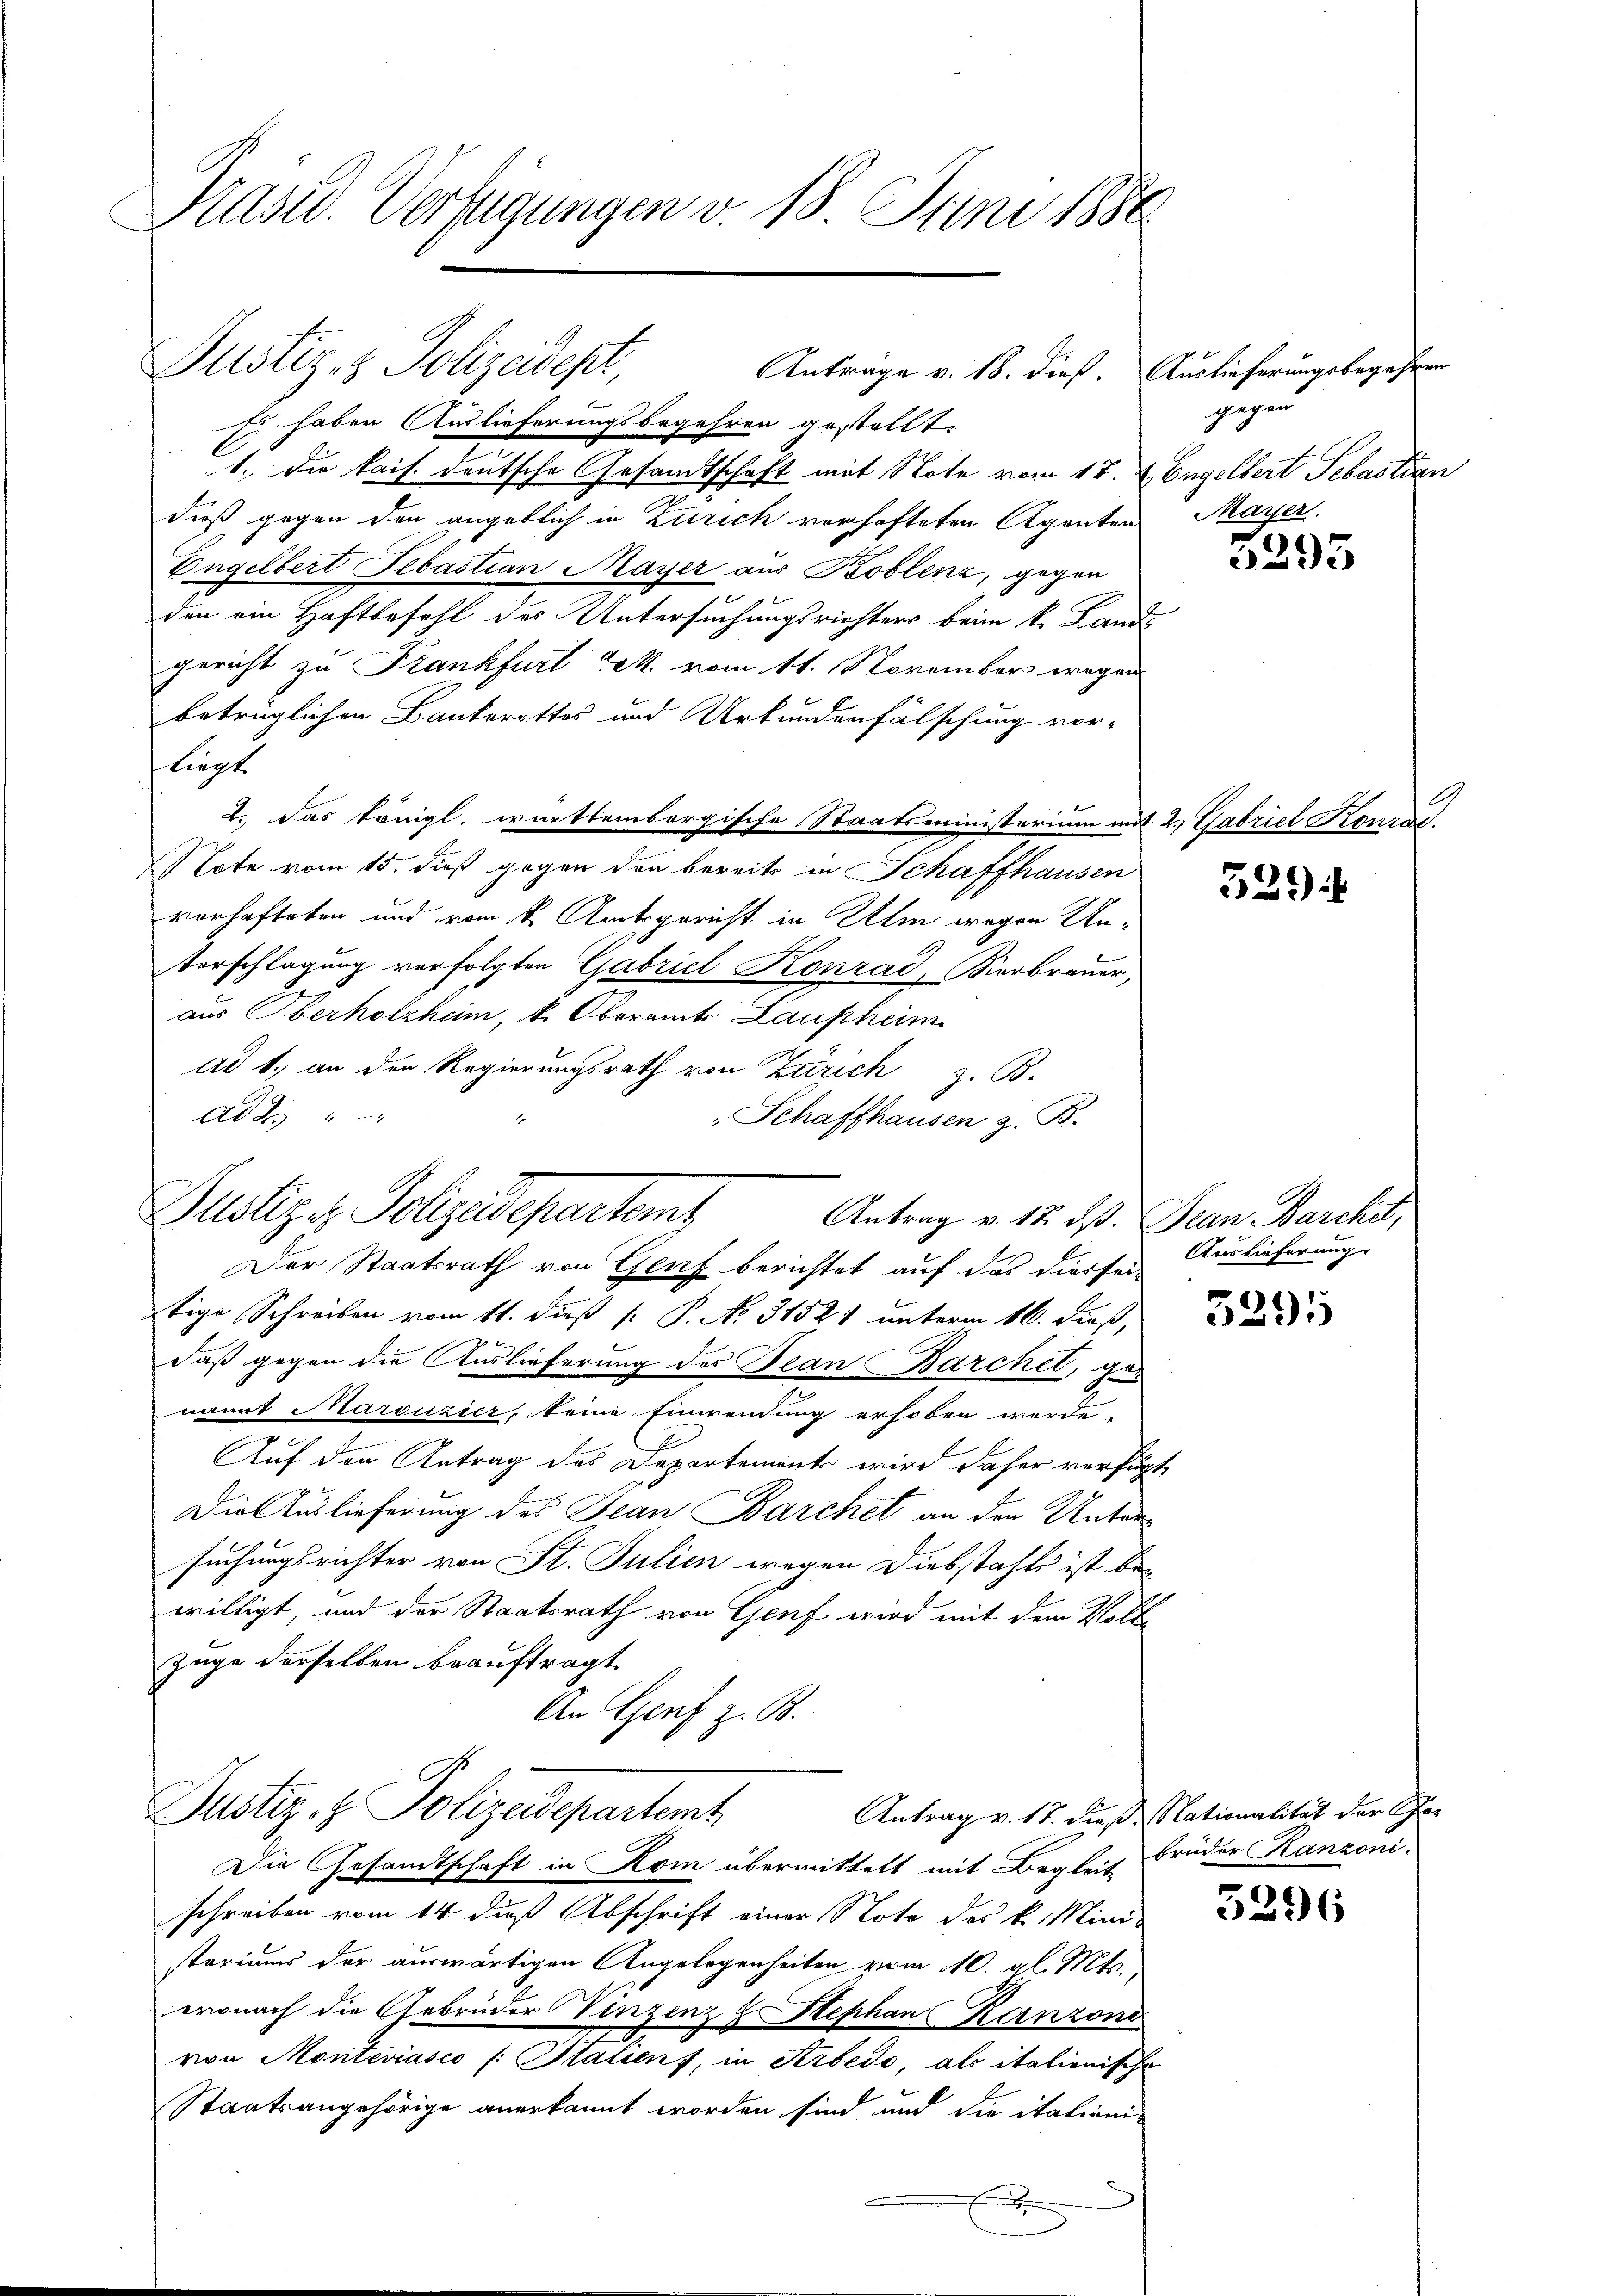
Präsid. Verfügungen v. 18. Juni 1886

Justiz- & Polizeidept,
Anträge v. 18. dieß.

Justiz, Polizeidepartem

Es haben Auslieferungsbegehren gestellt.
1. die kais. deutsche Gesandtschaft mit Note vom 17. v. Engelbert Sebastian
dieß gegen den angeblich in Zürich verhafteten Agenten Mayer.
Engelbert Sebastian Mayer aus Koblenz, gegen
den ein Haftbefehl des Untersuchungsrichters beim k. Lands
gericht zu Frankfurt Jak. vom 11. November wegen
betrüglichen Bankerottes und Urkundenfälschung vor-
liegt
2.) Das königl. württembergische Staatsministerium mit 2, Gabriel Konrad
 Tote vom 15. dieß gegen den bereits in Schaffhausen
vorhafteten und vom 1. Amtsgericht in Ulm wegen Un¬
Verschlagung vorfolgten Gabriel Konrad, Bierbrauer,
aus Oberholzheim, k. Oberamt Laupheim
ad 1., an den Regierungsrath von Zürich z. B.
Ad 2.
" Schaffhausen z. B.
Antrag v. 12. ds. Jean Barchet,
Der Staatsrath von Genf berichtet auf das diessei
tige Schreiben vom 11. dieß [ P. No. 31521 unterm 16. dieß,
daß gegen die Auslieferung des Bean Barchet, genannt Marsizier, keine Einwendung erhoben werde.
Auf den Antrag des Departements wird daher verfügt
Die Auslieferung des Jean Barchet an den Untersuchungsrichter von St. Julien wegen Diebstahls ist bei
willigt, und der Staatsrath von Genf wird mit dem Vollzüge derselben beauftragt.
An Genf z. B.
Justiz- & Polizeidepartemt
Antrag v. 17. dieß. Nationalität der Gar
Die Gesandtschaft in Rom übermittelt mit Begleit Brüder Kanzoni-
schreiben vom 14. dieß Abschrift einer Note des k. Mini-
storiums der auswärtigen Angelegenheiten vom 10. gl. Mts.,
ernach die Gebrüder Vinzenz & Stephan Kanzoni
von Monteviasco (: Stalien, in Arbedo, als italionische
Staatsangehörige anerkannt worden sind und die italienix

Auslieferungsbegehren
glegen

3295

529:

Auslieferung

3295

3296